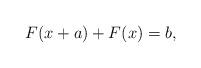
LaTeX: \begin{align*}F(x+a)+F(x)=b,\end{align*}